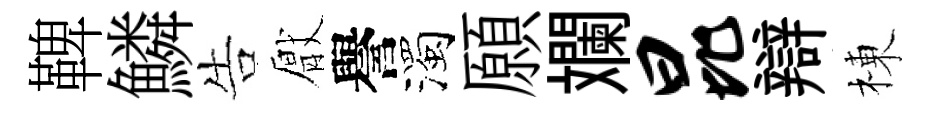
鞞鱗告厭譽濁願斕昆辯棟